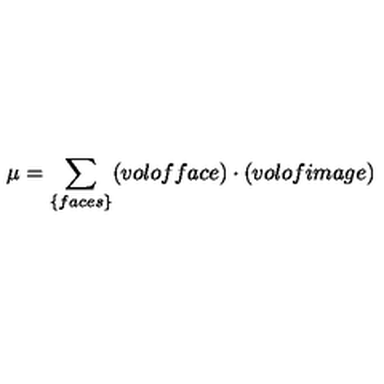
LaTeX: \mu = \sum _ { \{ f a c e s \} } ( v o l o f f a c e ) \cdot ( v o l o f i m a g e )